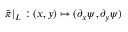
\tilde { \pi } | _ { L } : ( x , y ) \mapsto ( \partial _ { x } \psi , \partial _ { y } \psi )